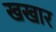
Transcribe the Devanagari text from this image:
खखार